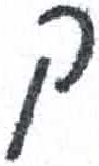
אות: ק